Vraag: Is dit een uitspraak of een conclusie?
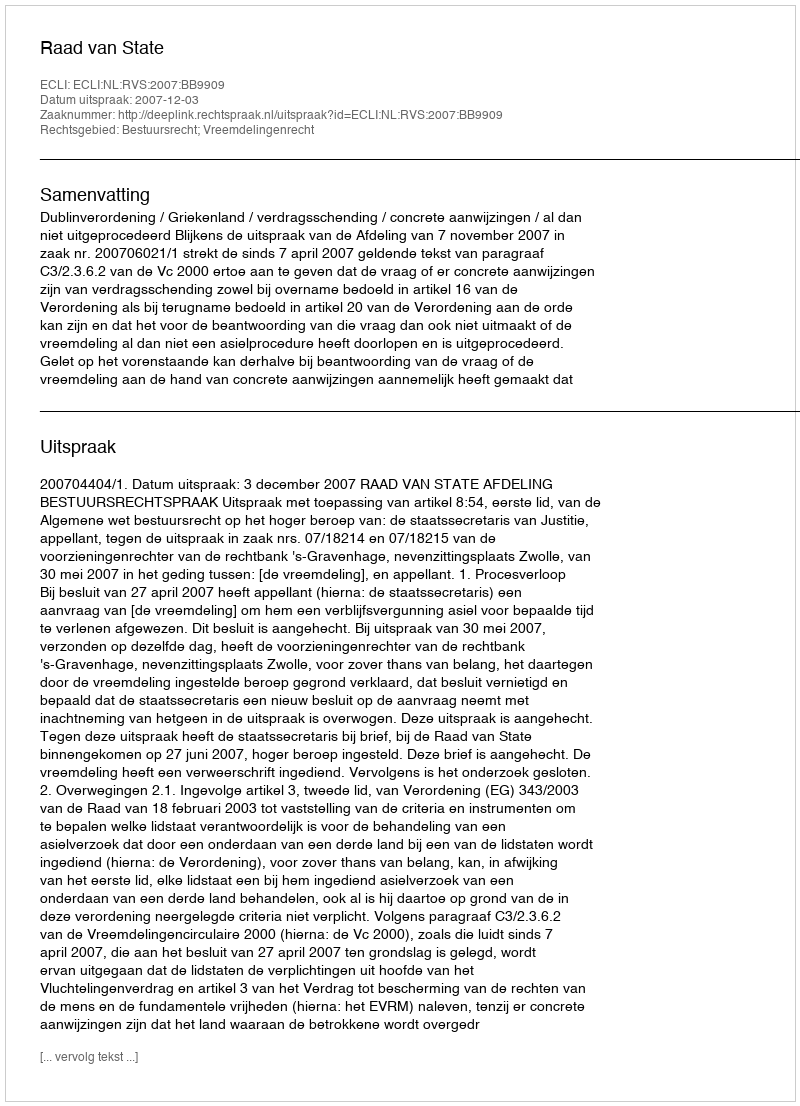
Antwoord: Uitspraak